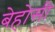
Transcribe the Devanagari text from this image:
बेहोसी